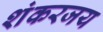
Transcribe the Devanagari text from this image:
शंकरजय